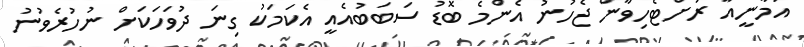
އަމާނީއާ ރަށްޓެހިވާން ޖެހުނު އެންމެ ބޮޑު ސަބަބުއެއީ އެކަމަކު ގިނަ ދުވަހަކަށް ނުހުރެވުނު